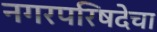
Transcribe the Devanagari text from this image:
नगरपरिषदेचा